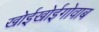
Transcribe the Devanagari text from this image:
खोईखोईगोवाब